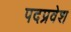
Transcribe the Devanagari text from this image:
पदप्रवेश